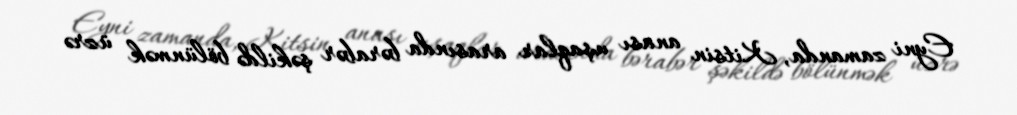
Eyni zamanda, Kitsin anası uşaqlar arasında bərabər şəkildə bölünmək üzrə